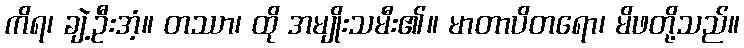
ကိရ၊ ချဲ့ဦးအံ့။ တဿာ၊ ထို အမျိုးသမီး၏။ မာတာပိတရော၊ မိဖတို့သည်။